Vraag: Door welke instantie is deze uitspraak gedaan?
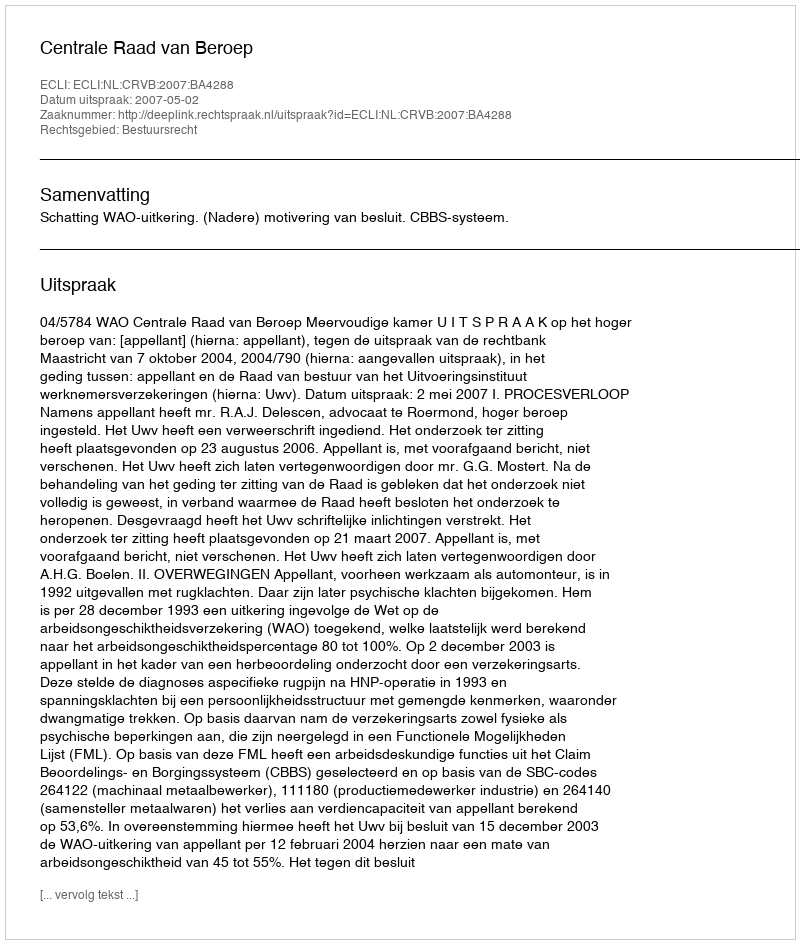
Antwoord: Centrale Raad van Beroep